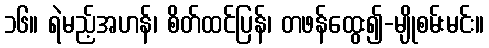
၁၆။ ရဲမည့်အဟန်၊ စိတ်ထင်ပြန်၊ တဖန်ထွေး၍-မျိုစမ်းမင်း။